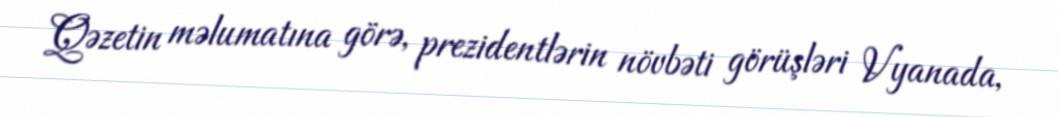
Qəzetin məlumatına görə, prezidentlərin növbəti görüşləri Vyanada,